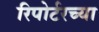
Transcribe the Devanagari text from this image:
रिपोर्टरच्या